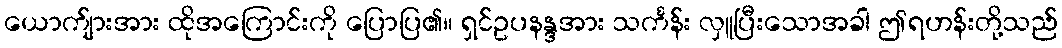
ယောက်ျားအား ထိုအကြောင်းကို ပြောပြ၏။ ရှင်ဥပနန္ဒအား သင်္ကန်း လှူပြီးသောအခါ ဤရဟန်းတို့သည်